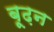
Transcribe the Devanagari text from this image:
बूढ़न